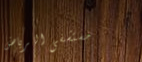
مستشفى الرياض